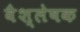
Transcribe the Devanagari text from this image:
वैश्लेषक